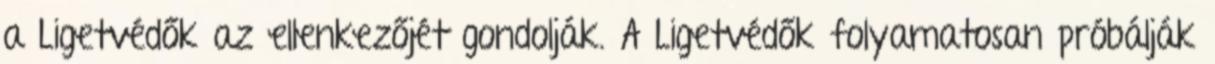
a Ligetvédők az ellenkezőjét gondolják. A Ligetvédők folyamatosan próbálják